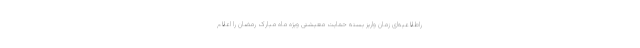
راطلاعیه‌ای زمان واریز بسته حمایت معیشتی ویژه ماه مبارک رمضان را اعلام